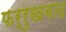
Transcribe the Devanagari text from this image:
फर्रुखबाद